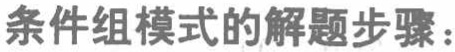
条件组模式的解题步骤：